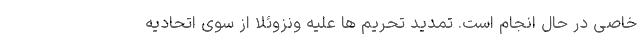
خاصی در حال انجام است. تمدید تحریم ها علیه ونزوئلا از سوی اتحادیه